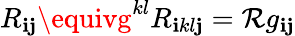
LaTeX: R_{\mathbf{i}\mathbf{j}}\equivg^{kl}R_{\mathbf{i}kl\mathbf{j}}=\mathcal{{R}}g_{\mathbf{i}\mathbf{j}}